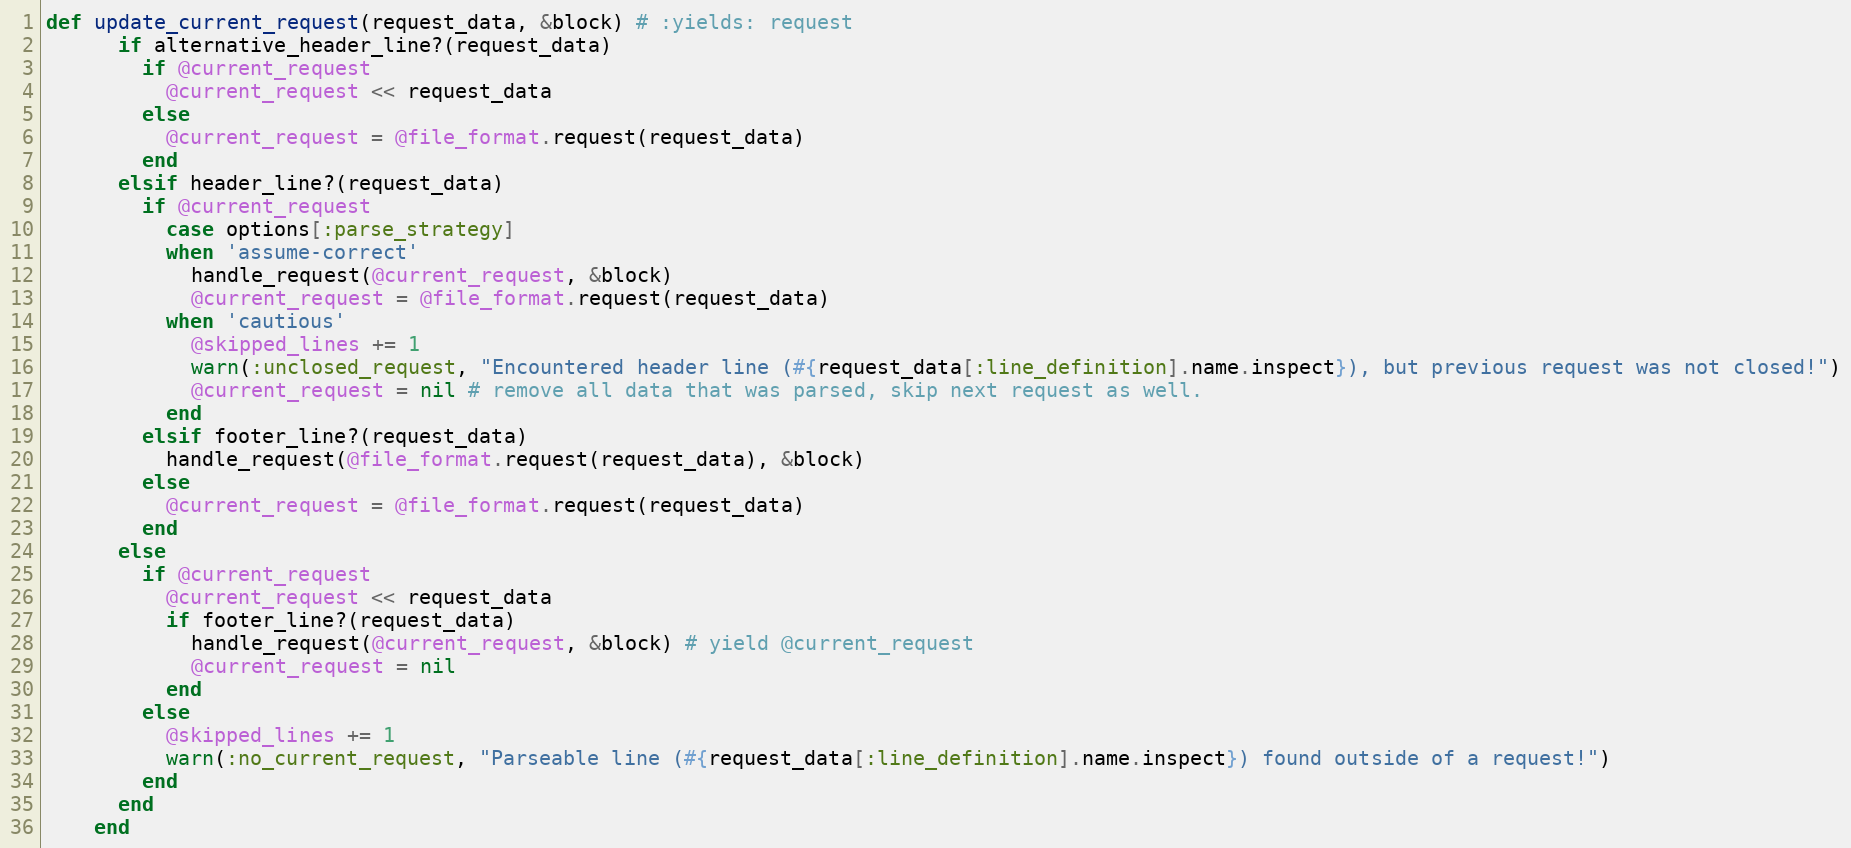
Language: Ruby
def update_current_request(request_data, &block) # :yields: request
      if alternative_header_line?(request_data)
        if @current_request
          @current_request << request_data
        else
          @current_request = @file_format.request(request_data)
        end
      elsif header_line?(request_data)
        if @current_request
          case options[:parse_strategy]
          when 'assume-correct'
            handle_request(@current_request, &block)
            @current_request = @file_format.request(request_data)
          when 'cautious'
            @skipped_lines += 1
            warn(:unclosed_request, "Encountered header line (#{request_data[:line_definition].name.inspect}), but previous request was not closed!")
            @current_request = nil # remove all data that was parsed, skip next request as well.
          end
        elsif footer_line?(request_data)
          handle_request(@file_format.request(request_data), &block)
        else
          @current_request = @file_format.request(request_data)
        end
      else
        if @current_request
          @current_request << request_data
          if footer_line?(request_data)
            handle_request(@current_request, &block) # yield @current_request
            @current_request = nil
          end
        else
          @skipped_lines += 1
          warn(:no_current_request, "Parseable line (#{request_data[:line_definition].name.inspect}) found outside of a request!")
        end
      end
    end